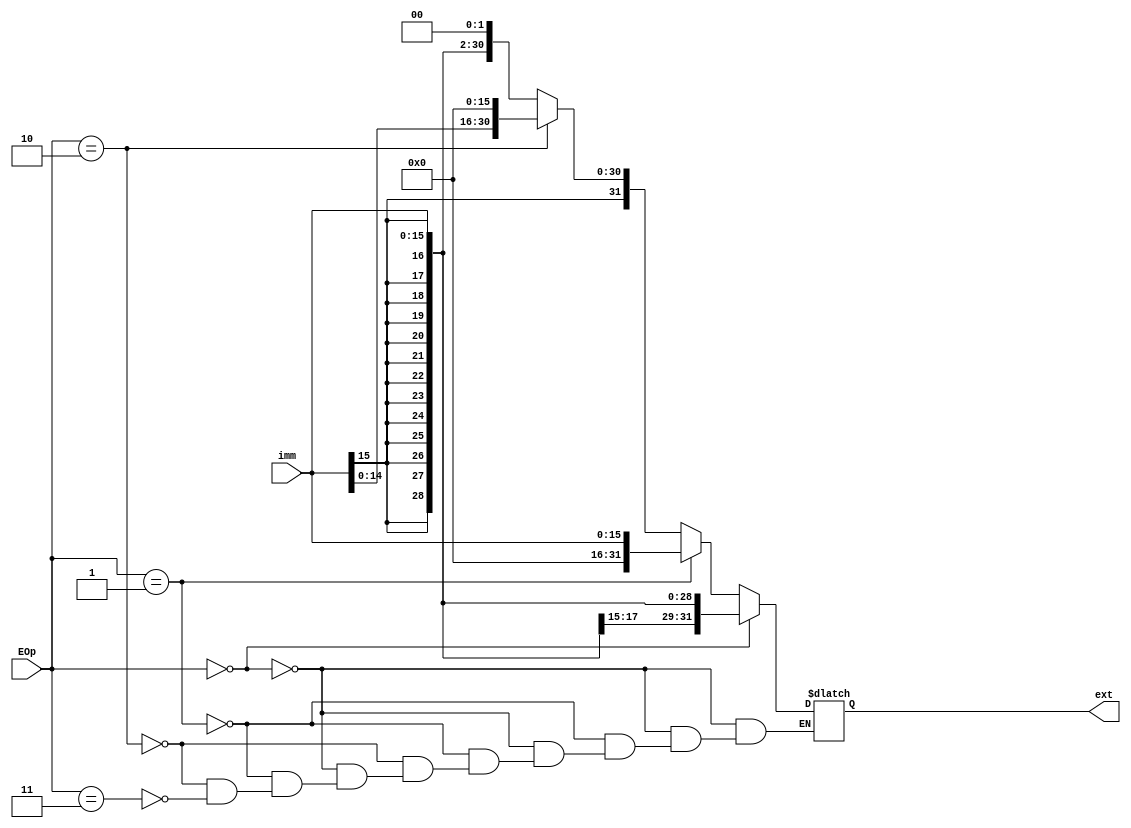
`timescale 1ns / 1ps
//////////////////////////////////////////////////////////////////////////////////
// Company: 
// Engineer: 
// 
// Design Name: 
// Module Name:    ext 
// Project Name: 
// Target Devices: 
// Tool versions: 
// Description: 
//
// Dependencies: 
//
// Revision: 
// Revision 0.01 - File Created
// Additional Comments: 
//
//////////////////////////////////////////////////////////////////////////////////
module ext(
    input [15:0] imm,
    input [1:0] EOp,
    output reg [31:0] ext
    );

	always@(*) begin
		if(EOp==2'b00) begin
			ext = {{16{imm[15]}},imm[15:0]};
		end
		else if(EOp==2'b01) begin
			ext = {{16{1'b0}},imm[15:0]};
		end
		else if(EOp==2'b10) begin
			ext = {imm[15:0],{16{1'b0}}};
		end
		else if(EOp==2'b11) begin
			ext = {{14{imm[15]}},imm[15:0],1'b0,1'b0};
		end
	end 
endmodule